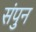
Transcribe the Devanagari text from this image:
संपुन